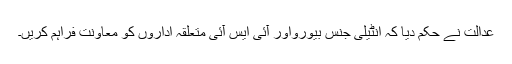
عدالت نے حکم دیا کہ انٹیلی جنس بیورواور آئی ایس آئی متعلقہ اداروں کو معاونت فراہم کریں۔